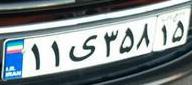
۱۱ی۳۵۸۱۵